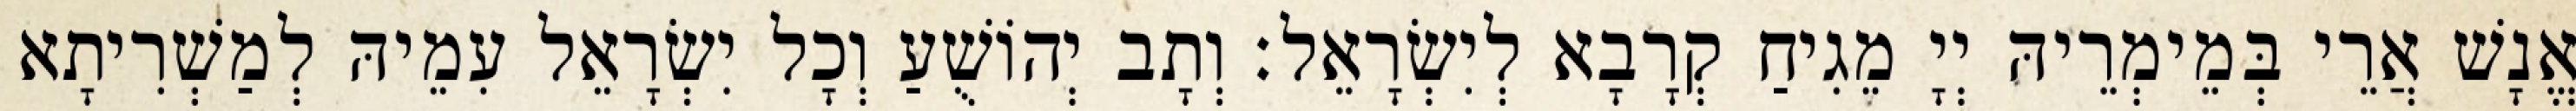
אֱנָשׁ אֲרֵי בְּמֵימְרֵיהּ יְיָ מֵגִיחַ קְרָבָא לְיִשְׂרָאֵל׃ וְתָב יְהוֹשֻׁעַ וְכָל יִשְׂרָאֵל עִמֵיהּ לְמַשְׁרִיתָא